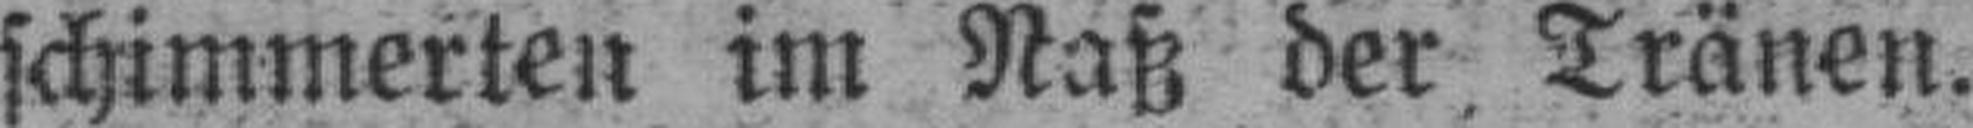
schimmerten im Naß der Tränen.